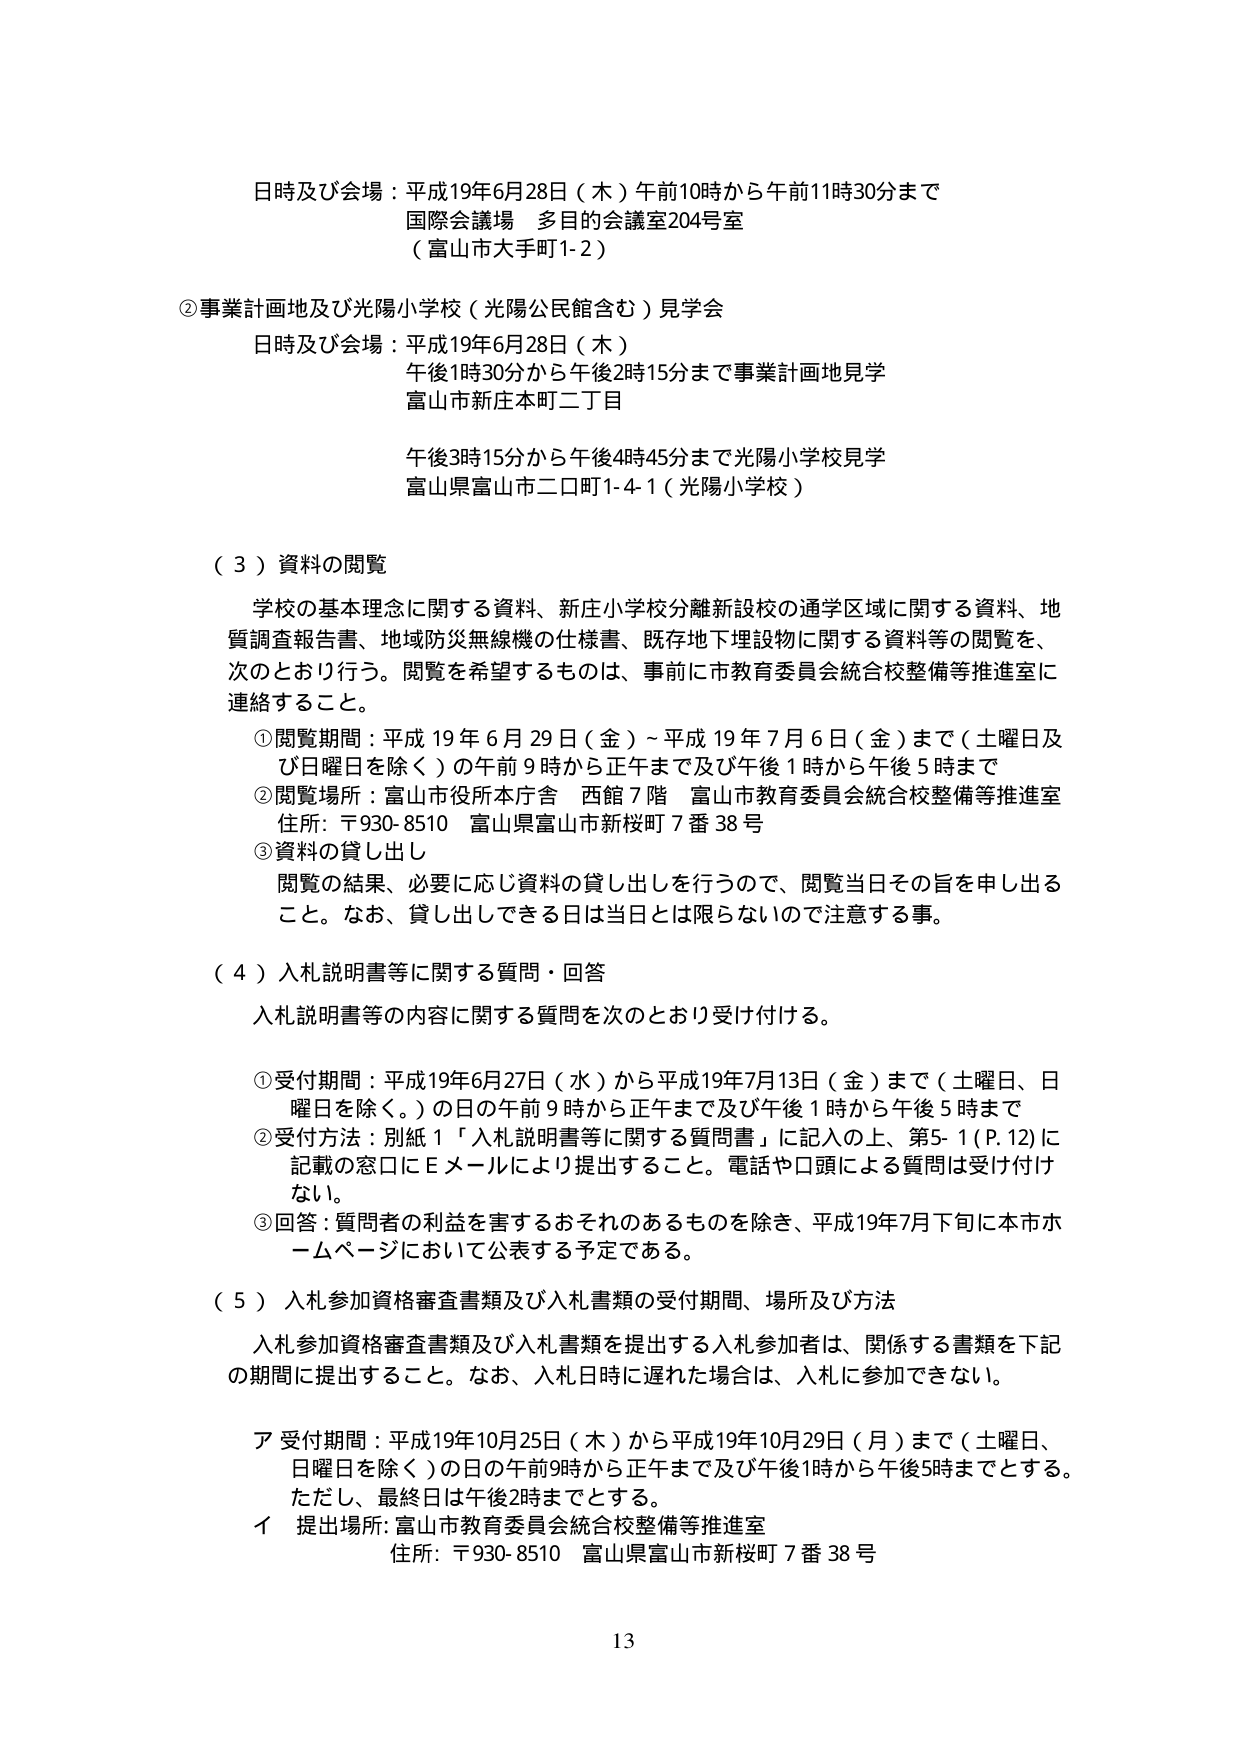
日時及び会場：平成19年6月28日（木）午前10時から午前11時30分まで
国際会議場 多目的会議室204号室
（富山市大手町1-2）

②事業計画地及び光陽小学校（光陽公民館含む）見学会
日時及び会場：平成19年6月28日（木）
午後1時30分から午後2時15分まで事業計画地見学
富山市新庄本町二丁目
午後3時15分から午後4時45分まで光陽小学校見学
富山県富山市二口町1-4-1（光陽小学校）

（３）資料の閲覧
学校の基本理念に関する資料、新庄小学校分離新設校の通学区域に関する資料、地質調査報告書、地域防災無線機の仕様書、既存地下埋設物に関する資料等の閲覧を、次のとおり行う。閲覧を希望するものは、事前に市教育委員会統合校整備等推進室に連絡すること。
①閲覧期間：平成19年6月29日（金）～平成19年7月6日（金）まで（土曜日及び日曜日を除く）の午前9時から正午まで及び午後1時から午後5時まで
②閲覧場所：富山市役所本庁舎 西館7階 富山市教育委員会統合校整備等推進室
住所：〒930-8510 富山県富山市新桜町7番38号
③資料の貸し出し
閲覧の結果、必要に応じ資料の貸し出しを行うので、閲覧当日その旨を申し出ること。なお、貸し出しできる日は当日とは限らないので注意する事。

（４）入札説明書等に関する質問・回答
入札説明書等の内容に関する質問を次のとおり受け付ける。
①受付期間：平成19年6月27日（水）から平成19年7月13日（金）まで（土曜日、日曜日を除く。）の日の午前9時から正午まで及び午後1時から午後5時まで
②受付方法：別紙1「入札説明書等に関する質問書」に記入の上、第5-1（P.12）に記載の窓口にEメールにより提出すること。電話や口頭による質問は受け付けない。
③回答：質問者の利益を害するおそれのあるものを除き、平成19年7月下旬に本市ホームページにおいて公表する予定である。

（５）入札参加資格審査書類及び入札書類の受付期間、場所及び方法
入札参加資格審査書類及び入札書類を提出する入札参加者は、関係する書類を下記の期間に提出すること。なお、入札日時に遅れた場合は、入札に参加できない。
ア 受付期間：平成19年10月25日（木）から平成19年10月29日（月）まで（土曜日、日曜日を除く）の日の午前9時から正午まで及び午後1時から午後5時までとする。ただし、最終日は午後2時までとする。
イ 提出場所：富山市教育委員会統合校整備等推進室
住所：〒930-8510 富山県富山市新桜町7番38号

13